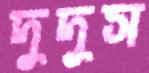
দুদুস